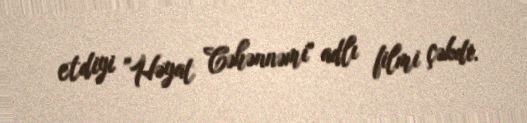
etdiyi "Həyat Cəhənnəmi" adlı filmi çəkdi.